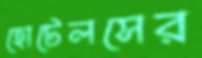
হোটেলসের